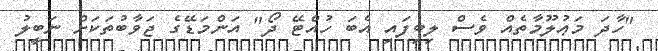
"ހާދަ މަޢުލޫމާތެއް ވެސް ލިބިފައި އެބަ ހުއްޓޭ ދޯ" އަންމަޑޭގެ ޖަވާބުތަކަށް ނަބީލު